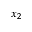
x _ { 2 }